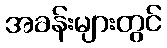
အခန်းများတွင်